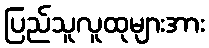
ပြည်သူလူထုများအား